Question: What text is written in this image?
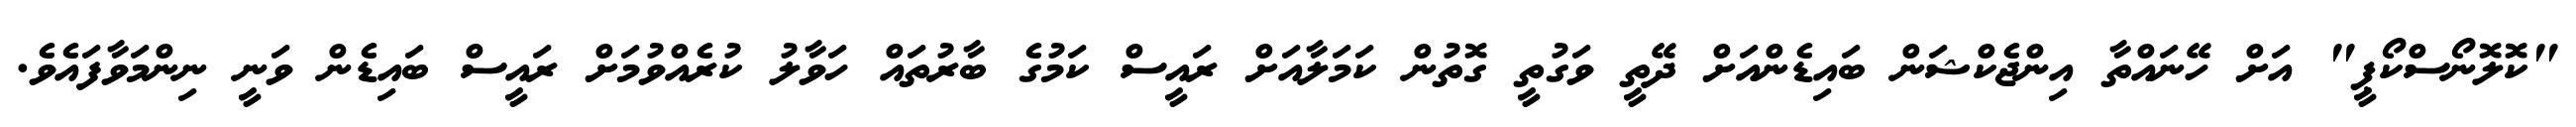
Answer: "ކޮލޮނޯސްކޯޕީ" އަށް ހޭނައްތާ އިންޖެކްޝަން ބައިޑެންއަށް ދޭތީ ވަގުތީ ގޮތުން ކަމަލާއަށް ރައީސް ކަމުގެ ބާރުތައް ހަވާލު ކުރެއްވުމަށް ރައީސް ބައިޑެން ވަނީ ނިންމަވާފައެވެ.